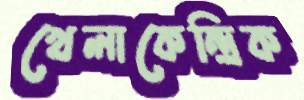
খেলাকেন্দ্রিক